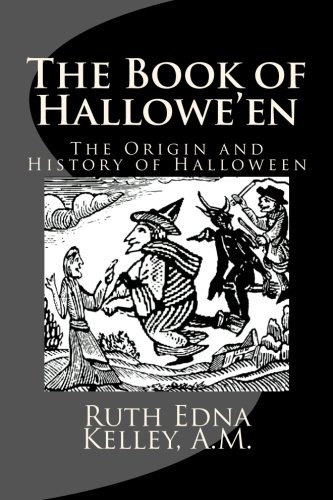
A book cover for The Book of Hallowe'en: The Origin and History of Halloween; A.M., Ruth Edna Kelley; Religion & Spirituality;